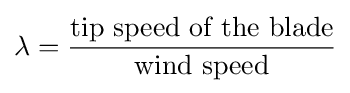
\lambda ={\frac {\mbox{tip speed of the blade}}{\mbox{wind speed}}}